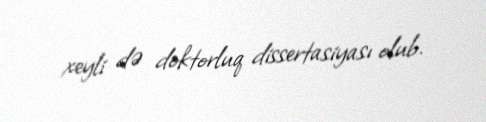
xeyli də doktorluq dissertasiyası olub.